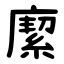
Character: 緳